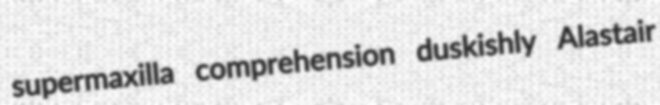
supermaxilla comprehension duskishly Alastair